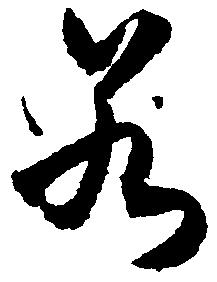
若